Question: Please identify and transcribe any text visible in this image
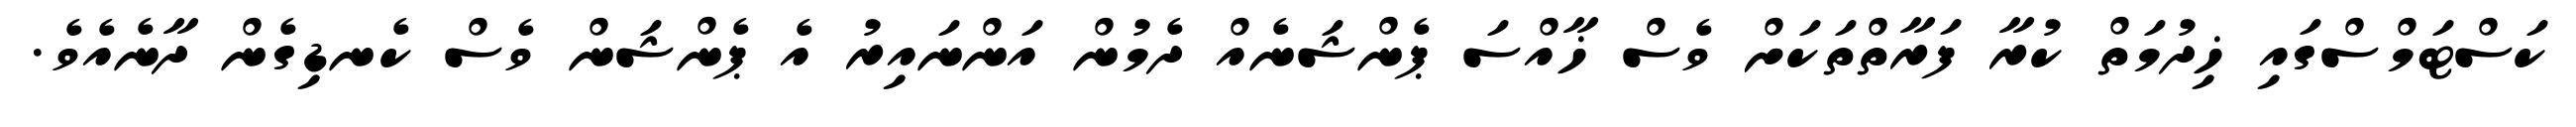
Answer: ކަސްޓަމްސްގައި ޚިދުމަތް ކުރާ ފަރާތްތަކަށް ވެސް ޚާއްސަ ޕެންޝަނެއް ދެމުން އަންނައިރު އެ ޕެންޝަން ވެސް ކެނޑިގެން ދާނެއެވެ.